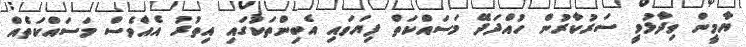
ޔާމީން ވިދާޅުވީ ސަރުކާރުން ހުއްދަދޭ މަސައްކަތް ފިޔަވައި އެބިންތަކުގައި އިތުރު އެއްވެސް މަސައްކަތެއް